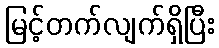
မြင့်တက်လျက်ရှိပြီး